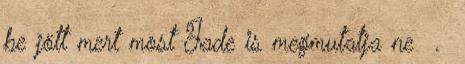
be jött mert most Jade is megmutatja ne .